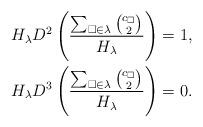
LaTeX: \begin{align*}H_{\lambda}D^2\left(\frac{\sum_{\square\in\lambda }\binom{c_{\square}}{2}}{H_{\lambda}}\right)&=1,\\H_{\lambda}D^3\left(\frac{\sum_{\square\in\lambda }\binom{c_{\square}}{2}}{H_{\lambda}}\right)&=0. \end{align*}